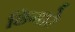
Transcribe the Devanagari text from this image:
ढिगारे